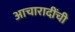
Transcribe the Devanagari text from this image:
आचारादींची